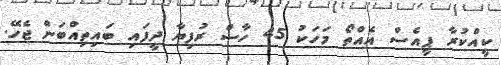
ކީއްކުރާ ޕީއެސް އެއްތޯ މަހަކު 45 ހާސް ރުފިޔާ ދީފައި ބައިތިއްބަން ޖެހޭ.